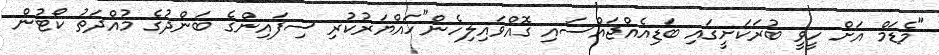
"މެޑަމް އަށް ހީވީ ބުރަކަށީގައި ބަޑިއެއްޖައްސައި ގޮއްވައިލިހެން"ހައްޔަރުކުރި ސިފައިންގެ ބަންދުގެ މުއްދަތު ކޯޓުން